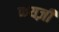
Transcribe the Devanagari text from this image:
फयज़ी